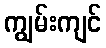
ကျွမ်းကျင်